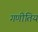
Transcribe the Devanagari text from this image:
गणीतिय